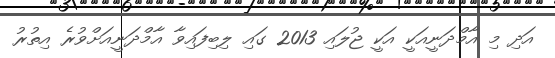
އަދި މި އާމްދަނީއަކީ އަކީ ޖުލައި 2013 ގައި ލިބިފައިވާ އާމްދަނީއަށްވުރެ އިތުރު